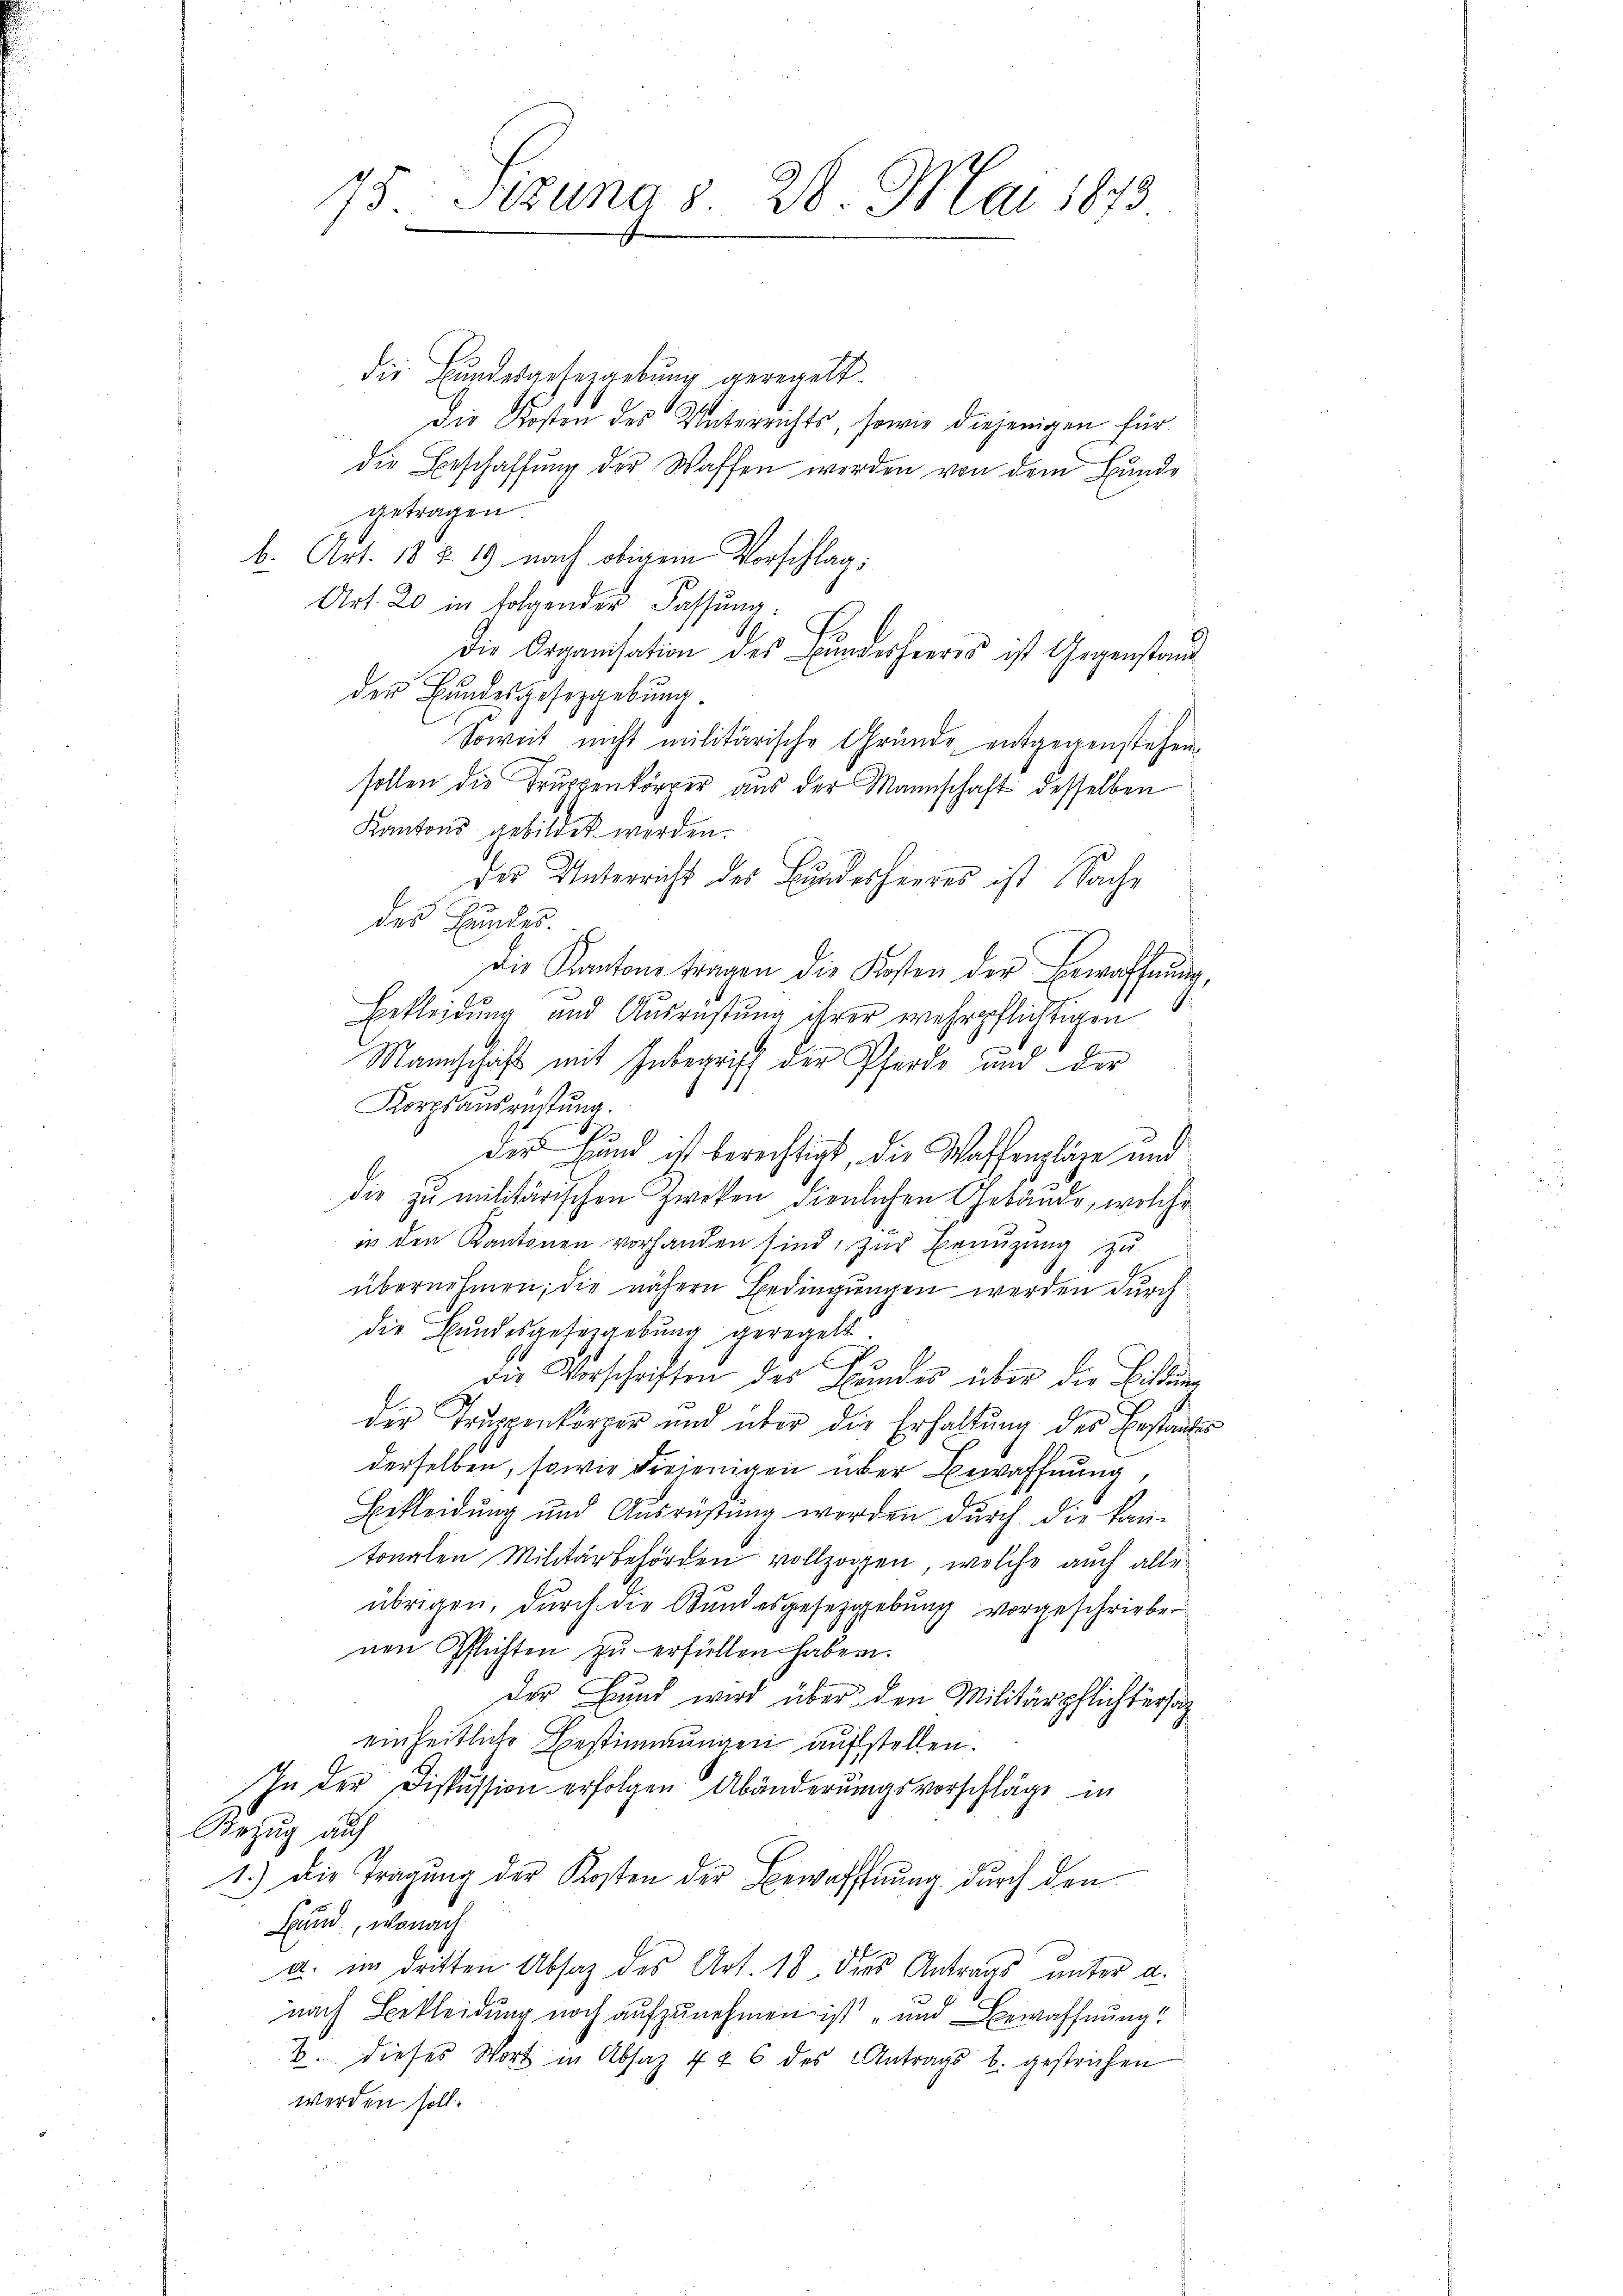
75: Sizung § 28. Mai 1873

die Bundesgeseggebung geregelt.
Die Kosten des Unterrichts, sowie diejenigen für
die Beschaffung der Waffen werden von dem Bunde
getragen
b. Art. 18 § 19 nach obigem Vorschlag;
Art. 20 in folgender Fassung.
die Organisation des Bundesheeres ist Gegenstand
der Bundesgesetzgebung.
Soweit nicht militärische Gründe entgegenstehen
sollen die Truppenkörper aus der Mannschaft desselben
Kantons gebildet werden.
des Unterricht des Bundesheeres ist Sache
des Bundes.
die Kantons tragen die Kosten der Erwaffnung,
Bekleidung und Ausrüstung ihrer wehrpflichtigen
Mannschaft mit Inbegriff der Pferde und der
Korpsausrüstung.
.
der Hand ist berechtigt, die Waffenpläge und
die zu militärischen Zweken dienlichen Gebäude, welche
in den Kantonen vorhanden sind, zur Benuzung zu
übernehmen; die nähern Bedingungen werden durch
die Bundesgesetzgebung geregelt.
los
die Vorschriften des Beides über die Bildung
der Truppenkörper und über die Erhaltung des Bestandes
derselben, sowie diejenigen über Bewaffnung,
Bekleidung und Ausrüstung werden durch die kan-
tonalen Militärbehörden vollzogen, welche auch alle
übrigen, durch die Bundesgesezgebung vorgeschrieben
nen Pflichten zu erfüllen haben.
der Bund wird über den Militärpflichtersag
einheitliche Bestimmungen aufstellen.
In der Diskussion erfolgen Abänderungsvorschläge in
Bezug auf
1.) Die Tragung der Kosten der Bewaffnung durch den
Bund, wonach
a. im dritten Absatz des Art. 18. dies Antrags unter a.
nach Bekleidung noch aufzunehmen ist und Bewaffnung!
B. dieses Wort in Absaz 4 § 6 des Antrags b. gestrichen
werden soll.